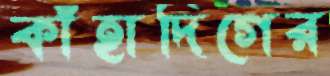
কাঁহাদিগের